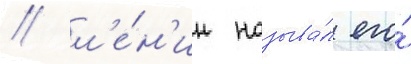
/ л'е́н'ин называ́л его́